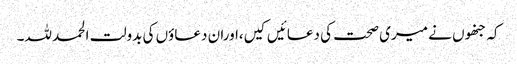
کہ جنھوں نے میری صحت کی دعائیں کیں،اوران دعاؤں کی بدولت الحمد للہ۔